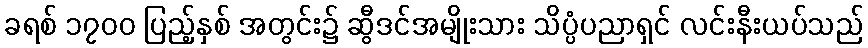
ခရစ် ၁၇၀၀ ပြည့်နှစ် အတွင်း၌ ဆွီဒင်အမျိုးသား သိပ္ပံပညာရှင် လင်းနီးယပ်သည်